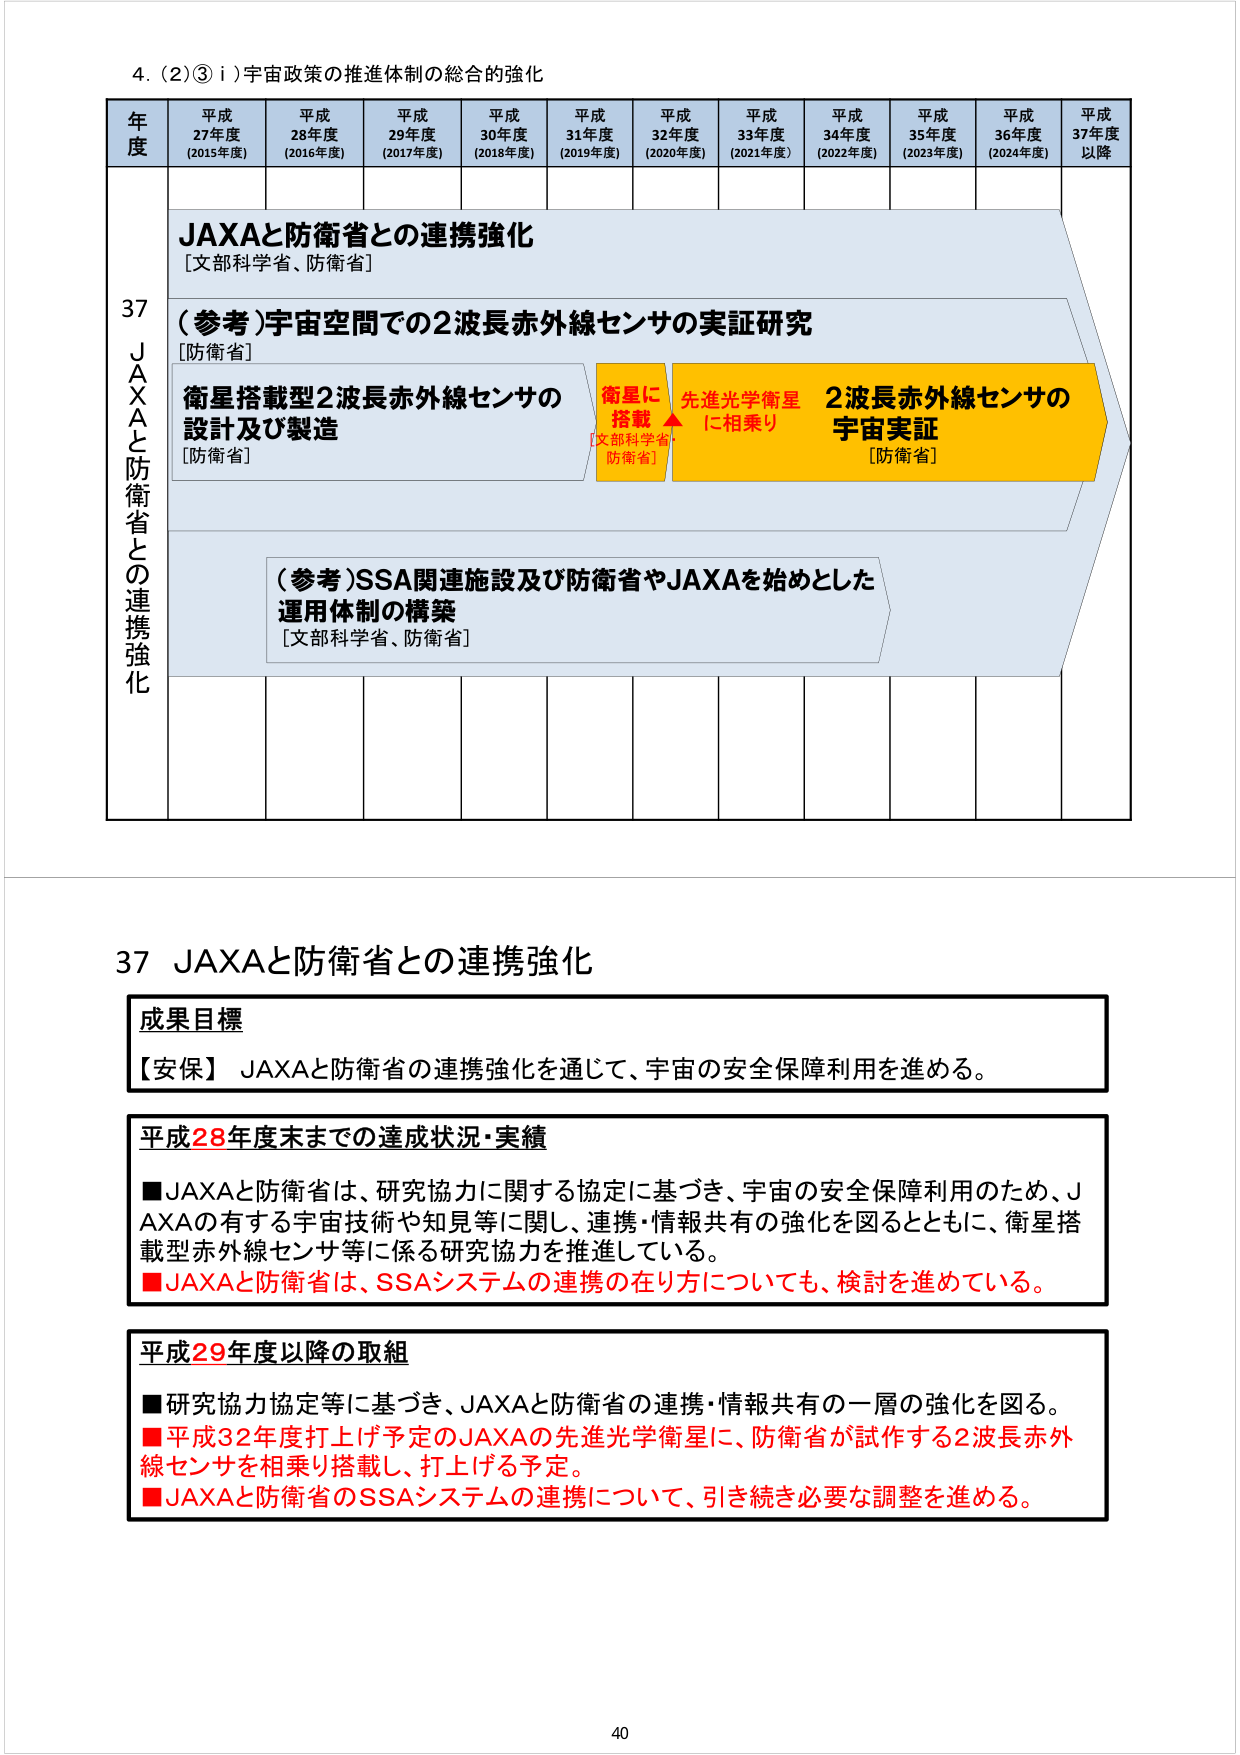
4. (2)③ i) 宇宙政策の推進体制の総合的強化

年度 平成27年度 (2015年度) 平成28年度 (2016年度) 平成29年度 (2017年度) 平成30年度 (2018年度) 平成31年度 (2019年度) 平成32年度 (2020年度) 平成33年度 (2021年度) 平成34年度 (2022年度) 平成35年度 (2023年度) 平成36年度 (2024年度) 平成37年度以降

37 JAXAと防衛省との連携強化
[文部科学省、防衛省]

(参考)宇宙空間での2波長赤外線センサの実証研究
[防衛省]

衛星搭載型2波長赤外線センサの設計及び製造
[防衛省]

衛星に搭載
[文部科学省、防衛省]

先進光学衛星に相乗り

2波長赤外線センサの宇宙実証
[防衛省]

(参考)SSA関連施設及び防衛省やJAXAを始めとした運用体制の構築
[文部科学省、防衛省]

37 JAXAと防衛省との連携強化

成果目標
【安保】 JAXAと防衛省の連携強化を通じて、宇宙の安全保障利用を進める。

平成28年度末までの達成状況・実績
■JAXAと防衛省は、研究協力に関する協定に基づき、宇宙の安全保障利用のため、JAXAの有する宇宙技術や知見等に関し、連携・情報共有の強化を図るとともに、衛星搭載型赤外線センサ等に係る研究協力を推進している。
■JAXAと防衛省は、SSAシステムの連携の在り方についても、検討を進めている。

平成29年度以降の取組
■研究協力協定等に基づき、JAXAと防衛省の連携・情報共有の一層の強化を図る。
■平成32年度打上げ予定のJAXAの先進光学衛星に、防衛省が試作する2波長赤外線センサを相乗り搭載し、打上げる予定。
■JAXAと防衛省のSSAシステムの連携について、引き続き必要な調整を進める。

40